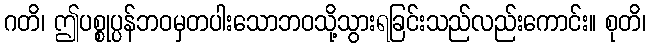
ဂတိ၊ ဤပစ္စုပ္ပန်ဘဝမှတပါးသောဘဝသို့သွားရခြင်းသည်လည်းကောင်း။ စုတိ၊